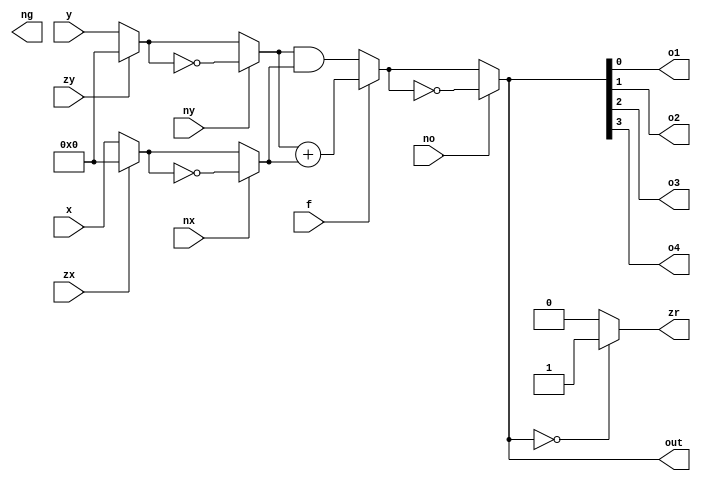
module alu (input zx, nx, zy, ny, f, no, input[3:0] x, y, output[3:0] out, output zr, ng, o1, o2, o3, o4);
    wire[3:0] zxr;
    wire[3:0] nxr;
    wire[3:0] zyr;
    wire[3:0] nyr;
    wire[3:0] fr;
    wire[3:0] nr;

    always @(zx or x)
    begin
        if (zx == 1)
            zxr = 0;
        else
            zxr = x;
    end

    always @(zy or y)
    begin
        if (zy == 1)
            zyr = 0;
        else
            zyr = y;
    end

    always @(nx or zxr)
    begin
        if (nx == 1)
            nxr = ~zxr;
        else
            nxr = zxr;
    end

    always @(ny or zyr)
    begin
        if (ny == 1)
            nyr = ~zyr;
        else
            nyr = zyr;
    end

    always @(f or nyr or nxr)
    begin
        if (f == 1)
            fr = nyr + nxr;
        else
            fr = nyr & nxr;
    end

    always @(no or fr)
    begin
        if (no == 1)
            out = ~fr;
        else
            out = fr;
    end

    always @(out)
    begin
        if (out == 0)
            zr = 1;
        else
            zr = 0;
    end

    wire[3:0] r = out;

    assign o1 = r[0];
    assign o2 = r[1];
    assign o3 = r[2];
    assign o4 = r[3];
endmodule